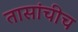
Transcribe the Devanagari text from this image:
तासांचीच